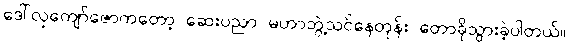
ဒေါ်လှကျော်ဇောကတော့ ဆေးပညာ မဟာဘွဲ့သင်နေတုန်း တောခိုသွားခဲ့ပါတယ်။